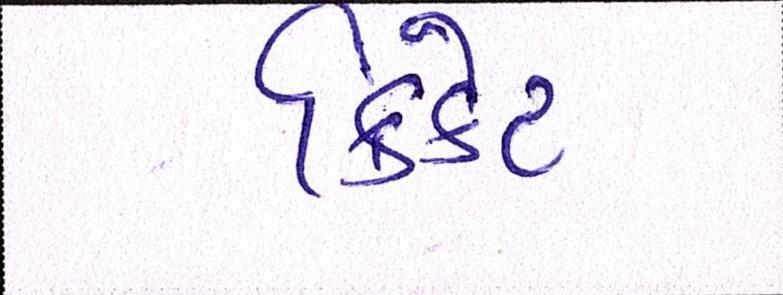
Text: ક્રિકેટ